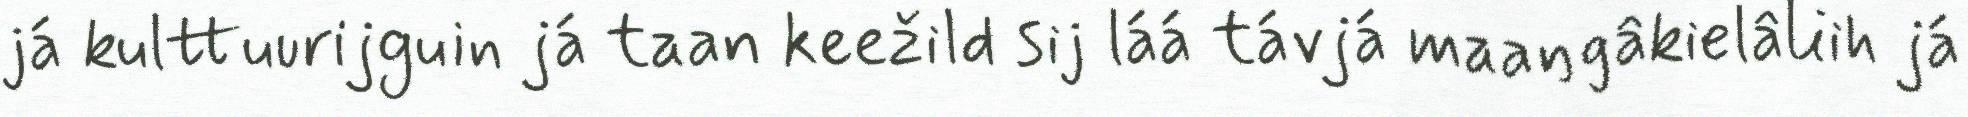
já kulttuurijguin já taan keežild sij láá távjá maaŋgâkielâliih já